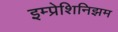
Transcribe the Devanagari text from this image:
इम्प्रेशिनिझम